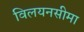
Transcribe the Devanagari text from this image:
विलयनसीमा